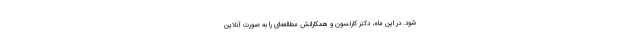
شود. در این ماه، دکتر کارلسون و همکارانش مطالعه‌ای را به صورت آنلاین